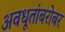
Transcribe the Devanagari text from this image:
अवधूतांबरोबर